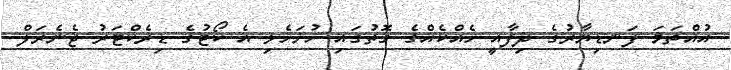
އުއްތަމަ ފަނޑިޔާރުގެ ދިފާއީ ހެއްކެއްގެ ގޮތުގައި ހުށަހެޅި އެ ކޯޓުގެ ޑިރެކްޓަރު ޖެނެރަލް